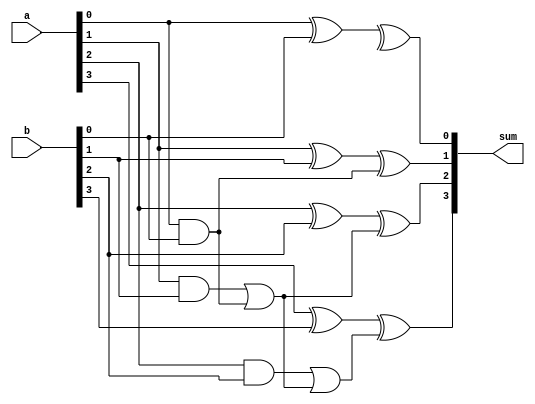
module carry_lookahead_adder (
    input [31:0] a,
    input [31:0] b,
    output [31:0] sum
);

// Define internal signals
wire [31:0] c;

// Define internal carry signals
wire [3:0] p, g;

// Generate carry signals
assign p[0] = a[0] & b[0];
assign g[0] = a[0] | b[0];
assign p[1] = a[1] & b[1] | p[0];
assign g[1] = a[1] | b[1];
assign p[2] = a[2] & b[2] | p[1];
assign g[2] = a[2] | b[2];
assign p[3] = a[3] & b[3] | p[2];
assign g[3] = a[3] | b[3];

// Generate sum using generated carry signals
assign sum[0] = a[0] ^ b[0] ^ c[0];
assign sum[1] = a[1] ^ b[1] ^ p[0];
assign sum[2] = a[2] ^ b[2] ^ p[1];
assign sum[3] = a[3] ^ b[3] ^ p[2];
// Continue for rest of the bits

endmodule